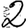
Digit: 2